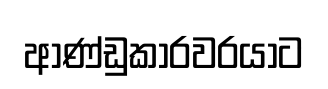
ආණ්ඩුකාරවරයාට